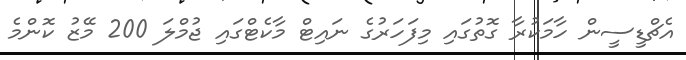
އެޗްޑީސީން ހާމަކުރާ ގޮތުގައި މިފަހަރުގެ ނައިޓް މާކެޓްގައި ޖުމްލަ 200 މޭޒު ކޮންމެ